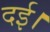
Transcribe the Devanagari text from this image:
दई।